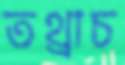
তথ্রাচ